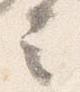
言